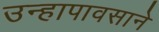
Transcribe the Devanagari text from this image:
उन्हापावसाने